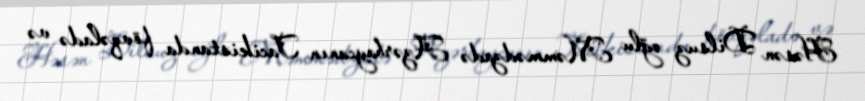
Həsən Dilsuz oğlu Məmmədzadə Azərbaycanın Tacikistanda fövqəladə və